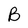
Character: B